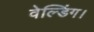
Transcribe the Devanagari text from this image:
वेल्डिंग।